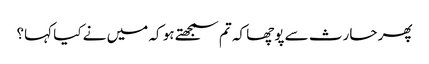
پھر حارث سے پوچھا کہ تم سمجھتے ہو کہ میں نے کیا کہا؟